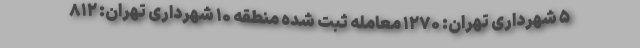
۵ شهرداری تهران: ۱۲۷۰ معامله ثبت شده منطقه ۱۰ شهرداری تهران: ۸۱۲